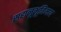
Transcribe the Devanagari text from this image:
सहानूभूतिमय